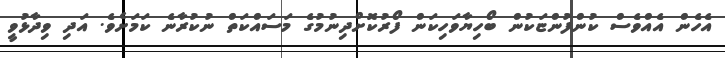
އެހެން އެއްވެސް ކުންފުންޏަކުން ބޯހިޔާވަހިކަން ފޯރުކޮށްދިނުމުގެ މަސައްކަތް ނުކުރާނެ ކަމަށެވެ. އަދި ވިދާޅުވީ